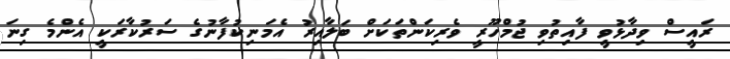
ރައީސް ވިދާޅުވީ ފާއިތުވި ޖުމްހޫރީ ވެރިކަންތަކަށް ބަލާއިރު އެމަނިކުފާނުގެ ސަރުކާރަކީ އެންމެ ގިނަ